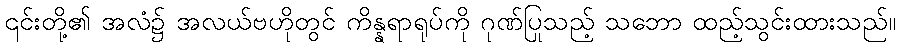
၎င်းတို့၏ အလံ၌ အလယ်ဗဟိုတွင် ကိန္နရာရုပ်ကို ဂုဏ်ပြုသည့် သဘော ထည့်သွင်းထားသည်။